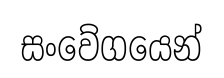
සංවේගයෙන්